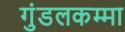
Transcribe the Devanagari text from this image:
गुंडलकम्मा